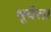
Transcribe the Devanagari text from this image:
भूवेत्ता